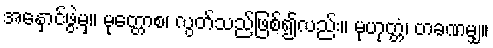
အနှောင်ဖွဲ့မှ။ မုတ္တောစ၊ လွတ်သည်ဖြစ်၍လည်း။ မုဟုတ္တံ၊ တခဏမျှ။